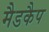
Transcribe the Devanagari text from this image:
मैडकैप